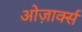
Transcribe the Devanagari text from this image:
ओज़ार्क्स